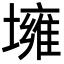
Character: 㙲